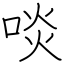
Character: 啖